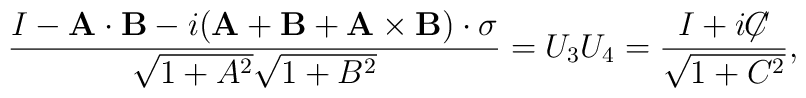
{I - {\bf A}\cdot{\bf B}    - i({\bf A}+{\bf B}+{\bf A}\times{\bf B})\cdot{\bf \sigma} \over  \sqrt{1+A^2}\sqrt{1+B^2}}  = U_3 U_4 = {I + i{\not\!\! C} \over \sqrt{1+C^2}},